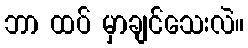
ဘာ ထပ် မှာချင်သေးလဲ။